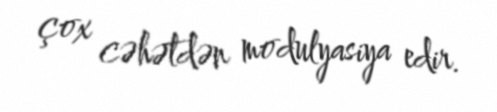
çox cəhətdən modulyasiya edir.